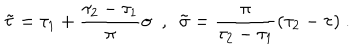
LaTeX: \tilde { \tau } = \tau _ { 1 } + \frac { \tau _ { 2 } - \tau _ { 1 } } { \pi } \sigma \ \ , \ \ \tilde { \sigma } = \frac { \pi } { \tau _ { 2 } - \tau _ { 1 } } ( \tau _ { 2 } - \tau ) \ .